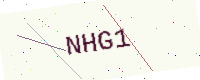
Text: NHG1